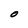
Character: O